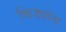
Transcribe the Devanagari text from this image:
किड्यांना